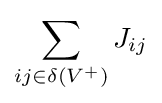
\sum _{ij\in \delta (V^{+})}J_{ij}